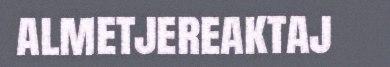
almetjereaktaj